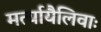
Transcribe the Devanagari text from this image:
मर्त्यायैलिवाः